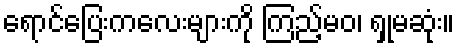
ရောင်ပြေးကလေးများကို ကြည့်မဝ၊ ရှုမဆုံး။